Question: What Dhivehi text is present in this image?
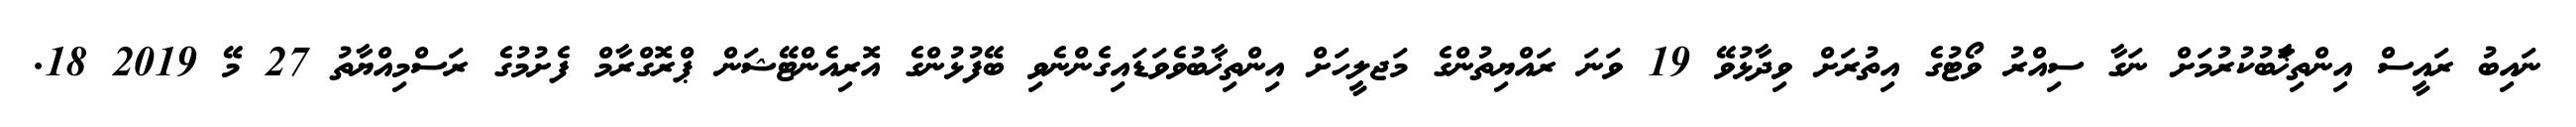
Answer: ނައިބު ރައީސް އިންތިޚަާބުކުރުމަށް ނަގާ ސިއްރު ވޯޓުގެ އިތުރަށް ވިދާޅުވޭ 19 ވަނަ ރައްޔިތުންގެ މަޖލީހަށް އިންތިޚާބުވެވަޑައިގެންނެވި ބޭފުޅުންގެ އޮރިއެންޓޭޝަން ޕްރޮގްރާމް ފެށުމުގެ ރަސްމިއްޔާތު 27 މޭ 2019 18.